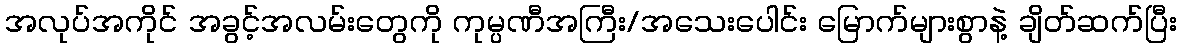
အလုပ်အကိုင် အခွင့်အလမ်းတွေကို ကုမ္ပဏီအကြီး/အသေးပေါင်း မြောက်များစွာနဲ့ ချိတ်ဆက်ပြီး